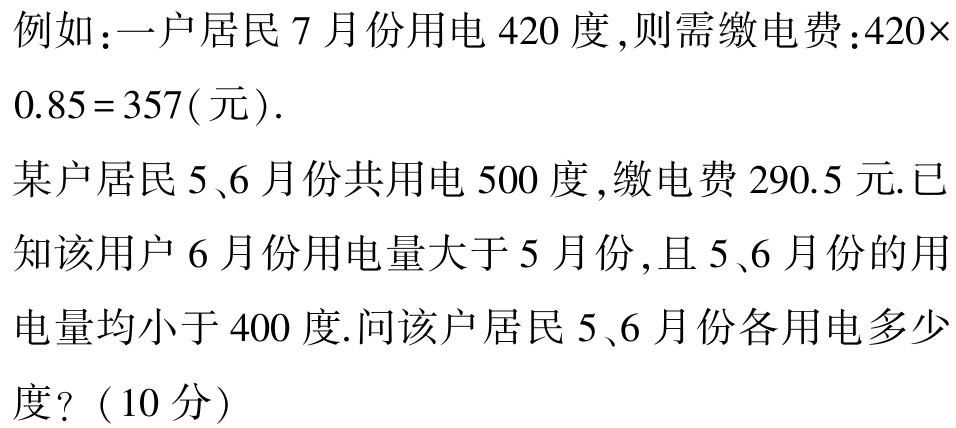
例如：一户居民 7 月份用电 420 度,则需缴电费：\(420\times0.85 = 357(\text{元})\).

某户居民 5、6 月份共用电 500 度,缴电费 290.5 元.已知该用户 6 月份用电量大于 5 月份, 且 5、6 月份的用电量均小于 400 度.问该户居民 5、6 月份各用电多少度?（10 分）